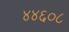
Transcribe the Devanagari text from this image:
४४६०८